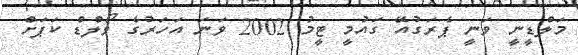
މަލްޑީނީ ވަނީ ޕެރަގުއޭ ގައުމީ ޓީމު 2002 ވަނަ އަހަރުގެ ވޯލްޑް ކަޕަށް